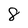
Character: 8